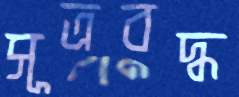
সূত্রবদ্ধ